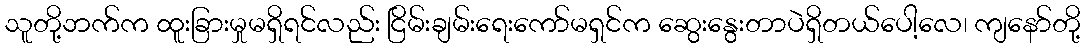
သူတို့ဘက်က ထူးခြားမှုမရှိရင်လည်း ငြိမ်းချမ်းရေးကော်မရှင်က ဆွေးနွေးတာပဲရှိတယ်ပေါ့လေ၊ ကျနော်တို့